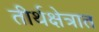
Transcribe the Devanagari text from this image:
तीर्थक्षेत्रात